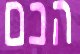
הכם